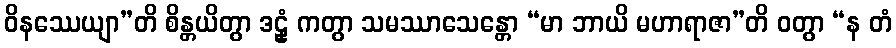
ဝိနဿေယျာ”တိ စိန္တယိတွာ ဒဠှံ ကတွာ သမဿာသေန္တော “မာ ဘာယိ မဟာရာဇာ”တိ ဝတွာ “န တံ